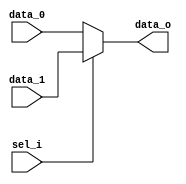
module Datapath_Mux2to1(data_o, data_0, data_1, sel_i);
    
    parameter DATA_WITDH = 32;

    // Declare port type
    input [DATA_WITDH - 1:0] data_0, data_1;
    input sel_i;
    output [DATA_WITDH - 1:0] data_o;

    assign data_o = (sel_i == 1'b0) ? data_0 : data_1;

endmodule